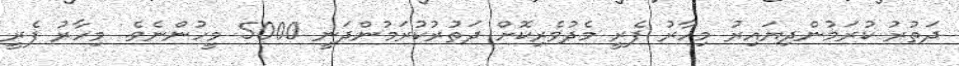
ދަތުރު ކުރަމުންދިޔައިރު މިހާރު ފެރީ މެދުވެރިކޮށް ދަތުރުކުރަމުންދަނީ 5000 މީހުންނެވެ. މިހާރު ފެރީ